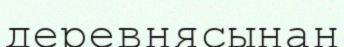
деревнясынан